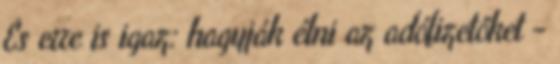
És erre is igaz: hagyják élni az adófizetőket -